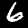
Label: 6